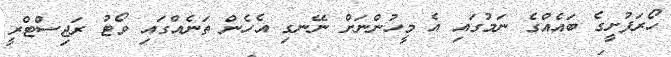
ހޯރަފުށީގެ ބައެއްގެ ނަމުގައި އެ މީހުންނަށް ނޭނގި އެހެން ތަނެއްގައި ވޯޓު ރަޖިސްޓްރީ